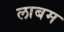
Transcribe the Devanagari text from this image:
लाबम